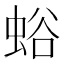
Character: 𧋉